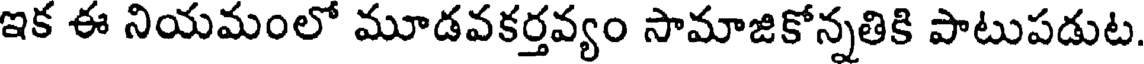
ఇక ఈ నియమంలో మూడవకర్తవ్యం సామాజికోన్నతికి పాటుపడుట